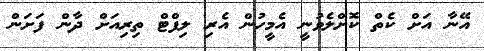
އޭނާ އަށް ކެތް ކޮށްލެވުނީ އެމީހުން އެރި ލިފްޓް ތިރިއަށް ދާން ފަށަން